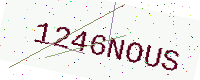
Text: 1246NOUS